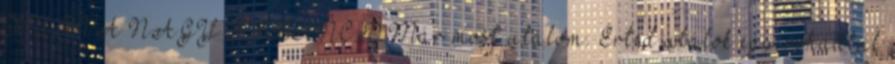
KURVA NAGY RIBANC:D Már most utálom. Érted,utálok egy rohadtul